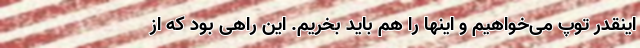
اینقدر توپ می‌خواهیم و اینها را هم باید بخریم. این راهی بود که از